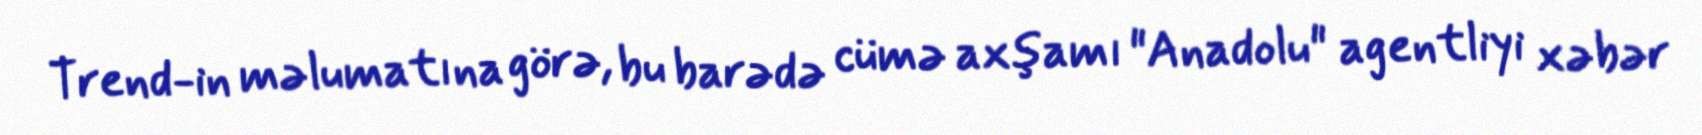
Trend-in məlumatına görə, bu barədə cümə axşamı "Anadolu" agentliyi xəbər